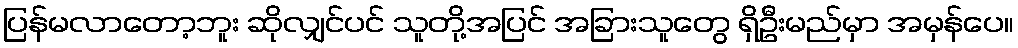
ပြန်မလာတော့ဘူး ဆိုလျှင်ပင် သူတို့အပြင် အခြားသူတွေ ရှိဦးမည်မှာ အမှန်ပေ။